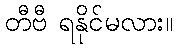
တီဗီ ရနိုင်မလား။